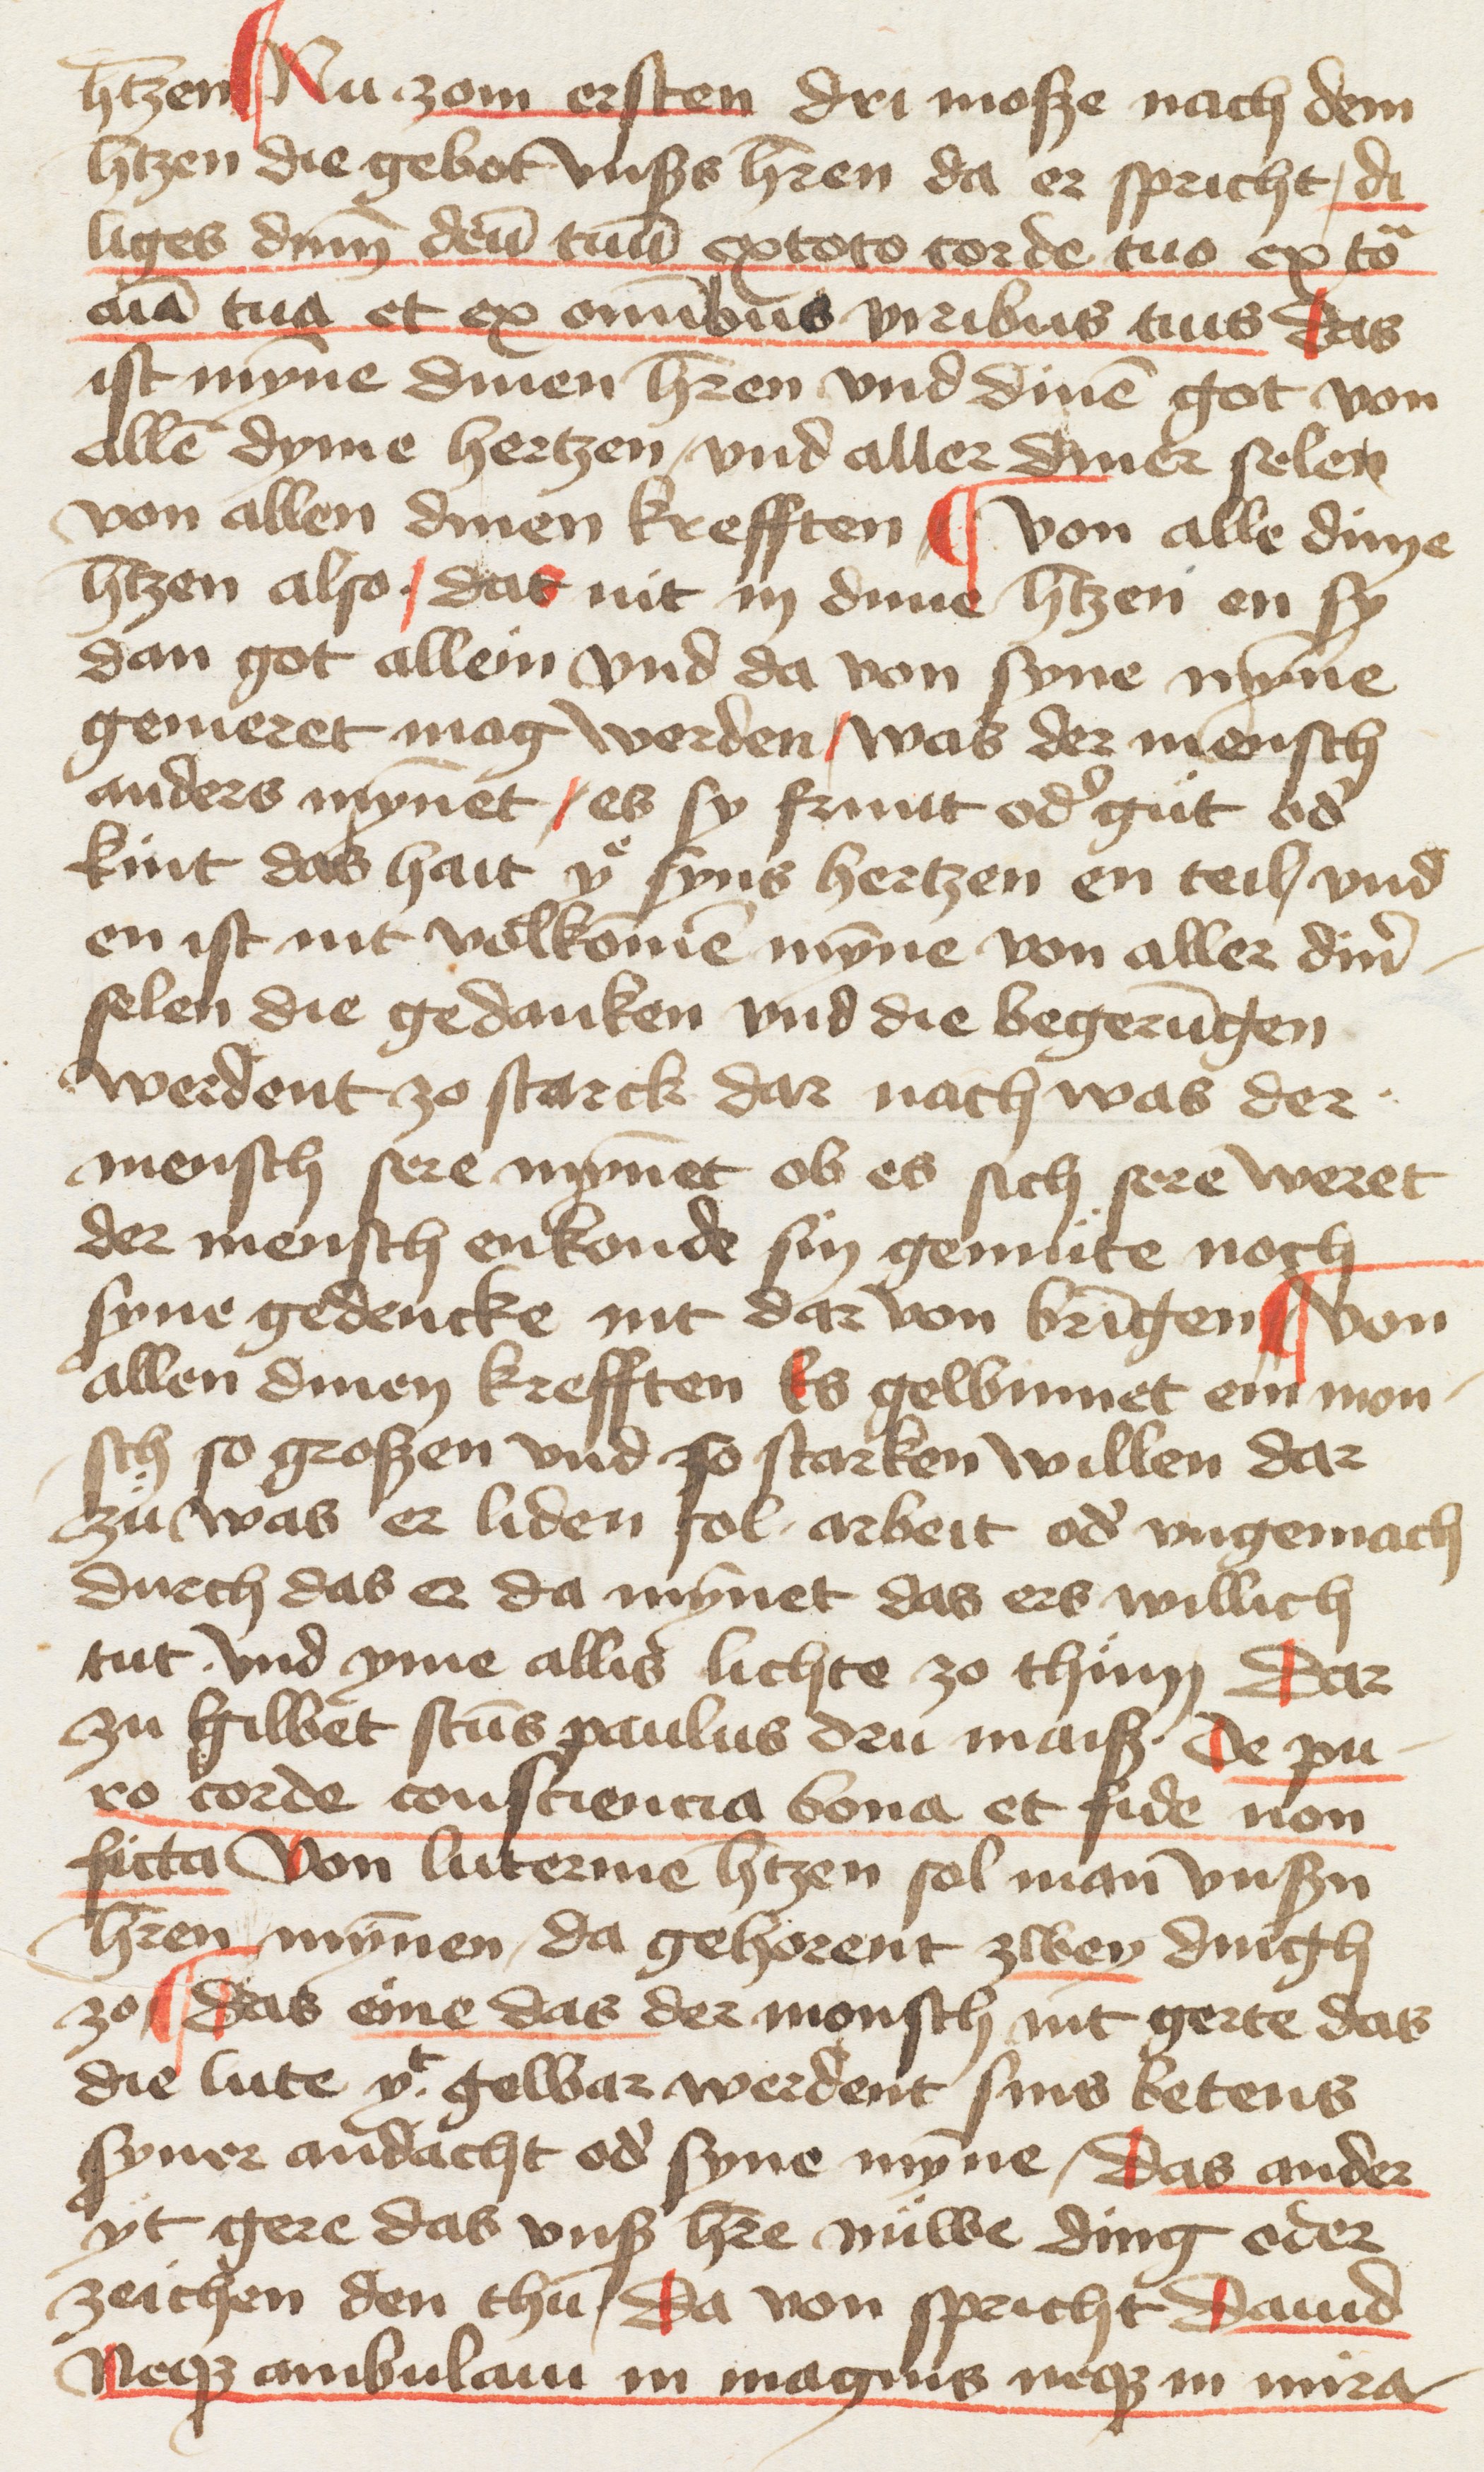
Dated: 1400–1499